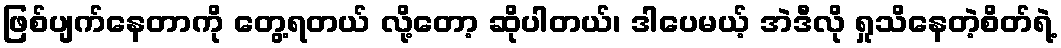
ဖြစ်ပျက်နေတာကို တွေ့ရတယ် လို့တော့ ဆိုပါတယ်၊ ဒါပေမယ့် အဲဒီလို ရှုသိနေတဲ့စိတ်ရဲ့